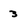
Character: 3